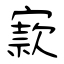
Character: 窾